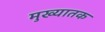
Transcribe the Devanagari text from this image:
मुख्यातक